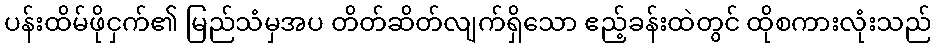
ပန်းထိမ်ဖိုငှက်၏ မြည်သံမှအပ တိတ်ဆိတ်လျက်ရှိသော ဧည့်ခန်းထဲတွင် ထိုစကားလုံးသည်